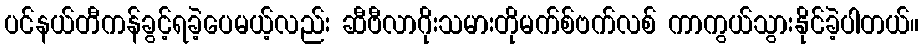
ပင်နယ်တီကန်ခွင့်ရခဲ့ပေမယ့်လည်း ဆီဗီလာဂိုးသမားတိုမက်စ်ဗက်လစ် ကာကွယ်သွားနိုင်ခဲ့ပါတယ်။